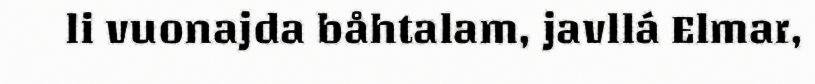
li vuonajda båhtalam, javllá Elmar,